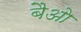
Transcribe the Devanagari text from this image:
बैओ